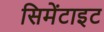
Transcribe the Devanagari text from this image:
सिमेंटाइट